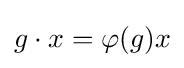
g\cdot x=\varphi (g)x